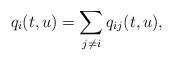
LaTeX: \begin{align*}q_i(t,u)=\sum_{j\neq i}q_{ij}(t,u),\end{align*}